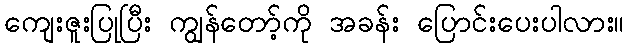
ကျေးဇူးပြုပြီး ကျွန်တော့်ကို အခန်း ပြောင်းပေးပါလား။